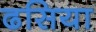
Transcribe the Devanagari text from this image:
ढसिया